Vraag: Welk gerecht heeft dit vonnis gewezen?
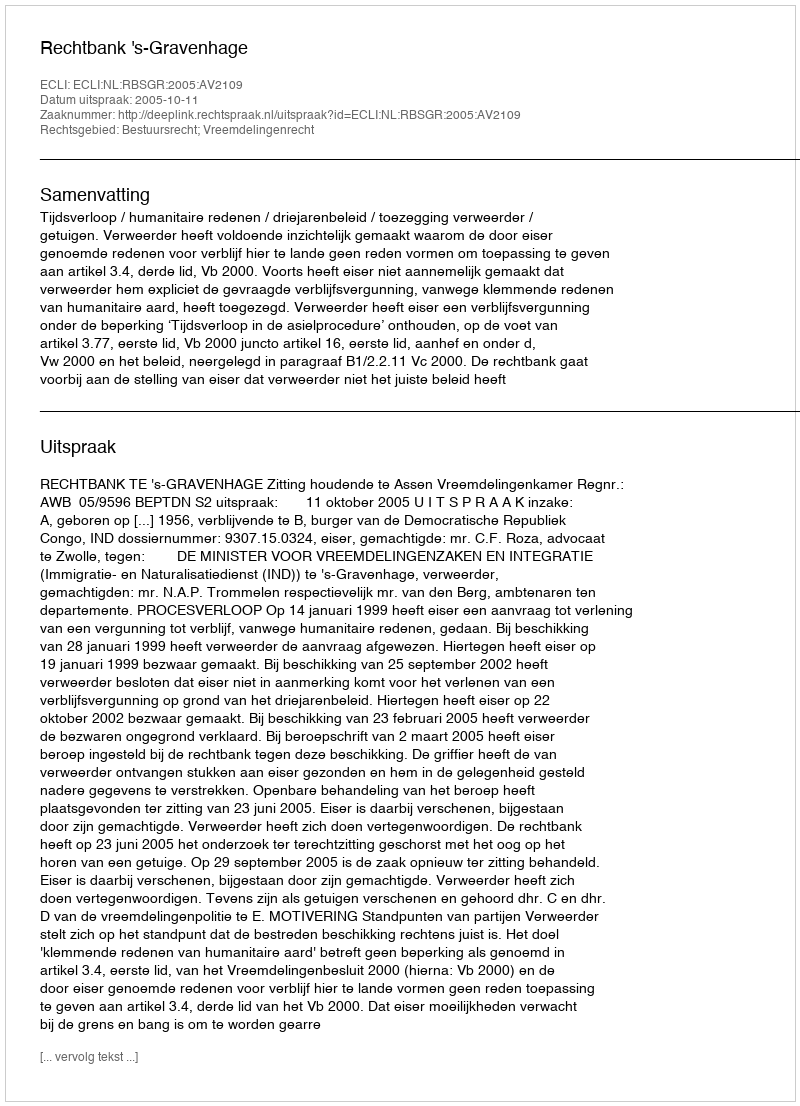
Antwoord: Rechtbank 's-Gravenhage